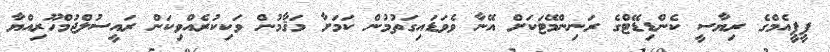
ޕީޕީއެމްގެ ރިޔާސީ ކެންޑިޑޭޓްގެ ރަނިންމޭޓަކަށް އޭނާ ވެވަޑައިގަތުމުން ކަމަށާ މަޤާމުން ވަކިކުރެއްވިކަން ރައީސުލްޖުމްހޫރިއްޔާ